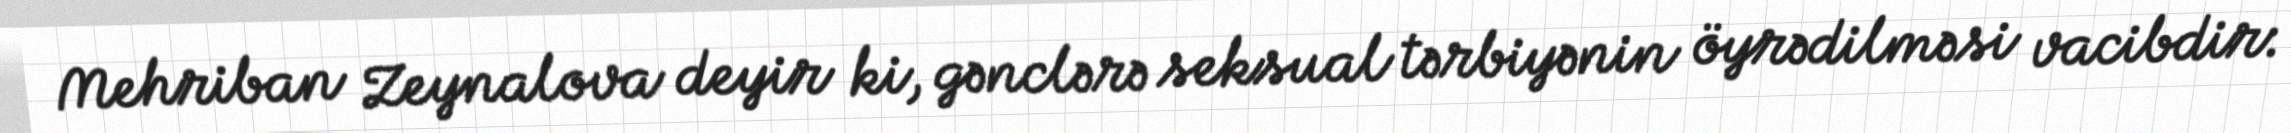
Mehriban Zeynalova deyir ki, gənclərə seksual tərbiyənin öyrədilməsi vacibdir: